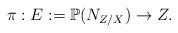
LaTeX: \begin{align*}\pi: E:=\mathbb P(N_{Z/X})\rightarrow Z.\end{align*}